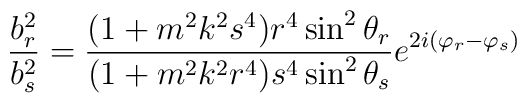
\frac{b_r^2}{b_s^2}=\frac{(1+m^2k^2s^4)r^4\sin^2\theta_r}{(1+m^2k^2r^4)s^4\sin^2\theta_s}e^{2i(\varphi_r-\varphi_s)}